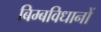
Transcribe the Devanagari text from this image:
बिम्बविधानों